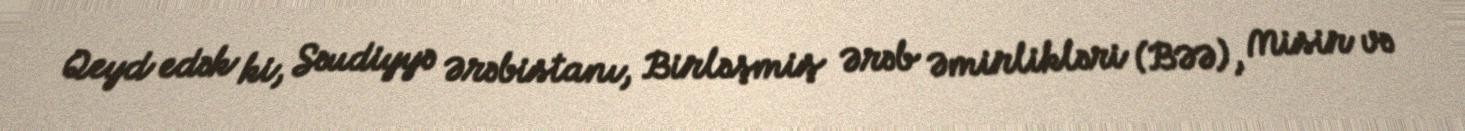
Qeyd edək ki, Səudiyyə Ərəbistanı, Birləşmiş Ərəb Əmirlikləri (BƏƏ), Misir və